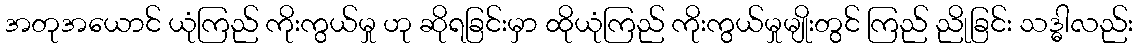
အတုအယောင် ယုံကြည် ကိုးကွယ်မှု ဟု ဆိုရခြင်းမှာ ထိုယုံကြည် ကိုးကွယ်မှုမျိုးတွင် ကြည် ညိုခြင်း သဒ္ဓါလည်း